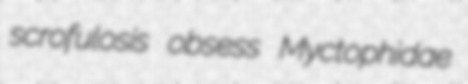
scrofulosis obsess Myctophidae